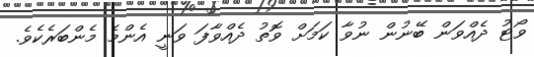
ވޯޓު ދެއްވަން ބޭނުން ނުވާ ކަމަށް ވޮތު ދެއްވާފަ ވަނީ އެންމެ މެންބަރެކެވެ.